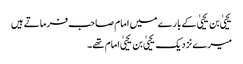
یحییٰ بن یحییٰ کے بارے میں امام صاحب فرماتے ہیں
میرے نزدیک یحییٰ بن یحییٰ امام تھے۔